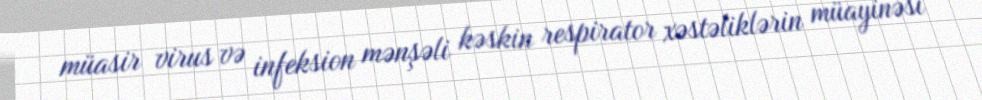
müasir virus və infeksion mənşəli kəskin respirator xəstəliklərin müayinəsi